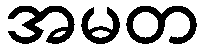
အမတ